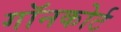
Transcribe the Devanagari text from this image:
गॉनकोर्ट